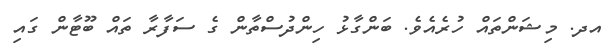
އދ. މިޝަންތައް ހުރެއެވެ. ބަންގާޅު ހިންދުސްތާން ގެ ސަފާރާ ތައް ބޫޓާން ގައި